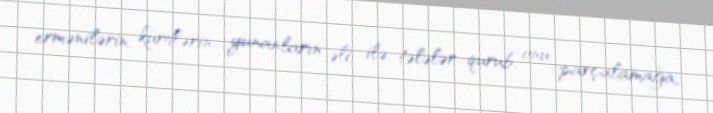
ermənilərin, kürdlərin, yunanların əli ilə tələlər qurub, onu parçalamağa,